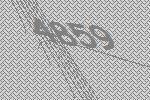
4859